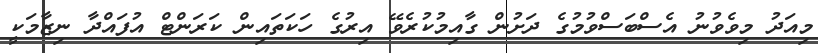
މިއަދު މިވެވުނު އެސްބަސްވުމުގެ ދަށުން ގާއިމުކުރެވޭ އިރުގެ ހަކަތައިން ކަރަންޓް އުފައްދާ ނިޒާމަކީ